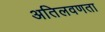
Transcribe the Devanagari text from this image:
अतिलवणता